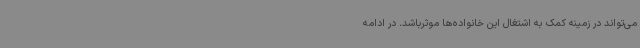
می‌تواند در زمینه کمک به اشتغال این خانواده‌ها موثرباشد. در ادامه